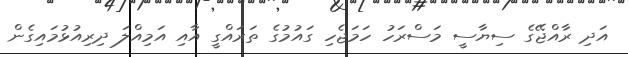
އަދި ރާއްޖޭގެ ސިޔާސީ މަސްރަހު ހަމަޖެހި ގައުމުގެ ތަރައްގީ އާއި އަމިއްލަ ދިރިއުޅުމައިގެން